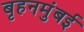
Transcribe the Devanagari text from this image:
बृहनमुंबई